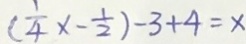
( \frac { 1 } { 4 } x - \frac { 1 } { 2 } ) - 3 + 4 = x